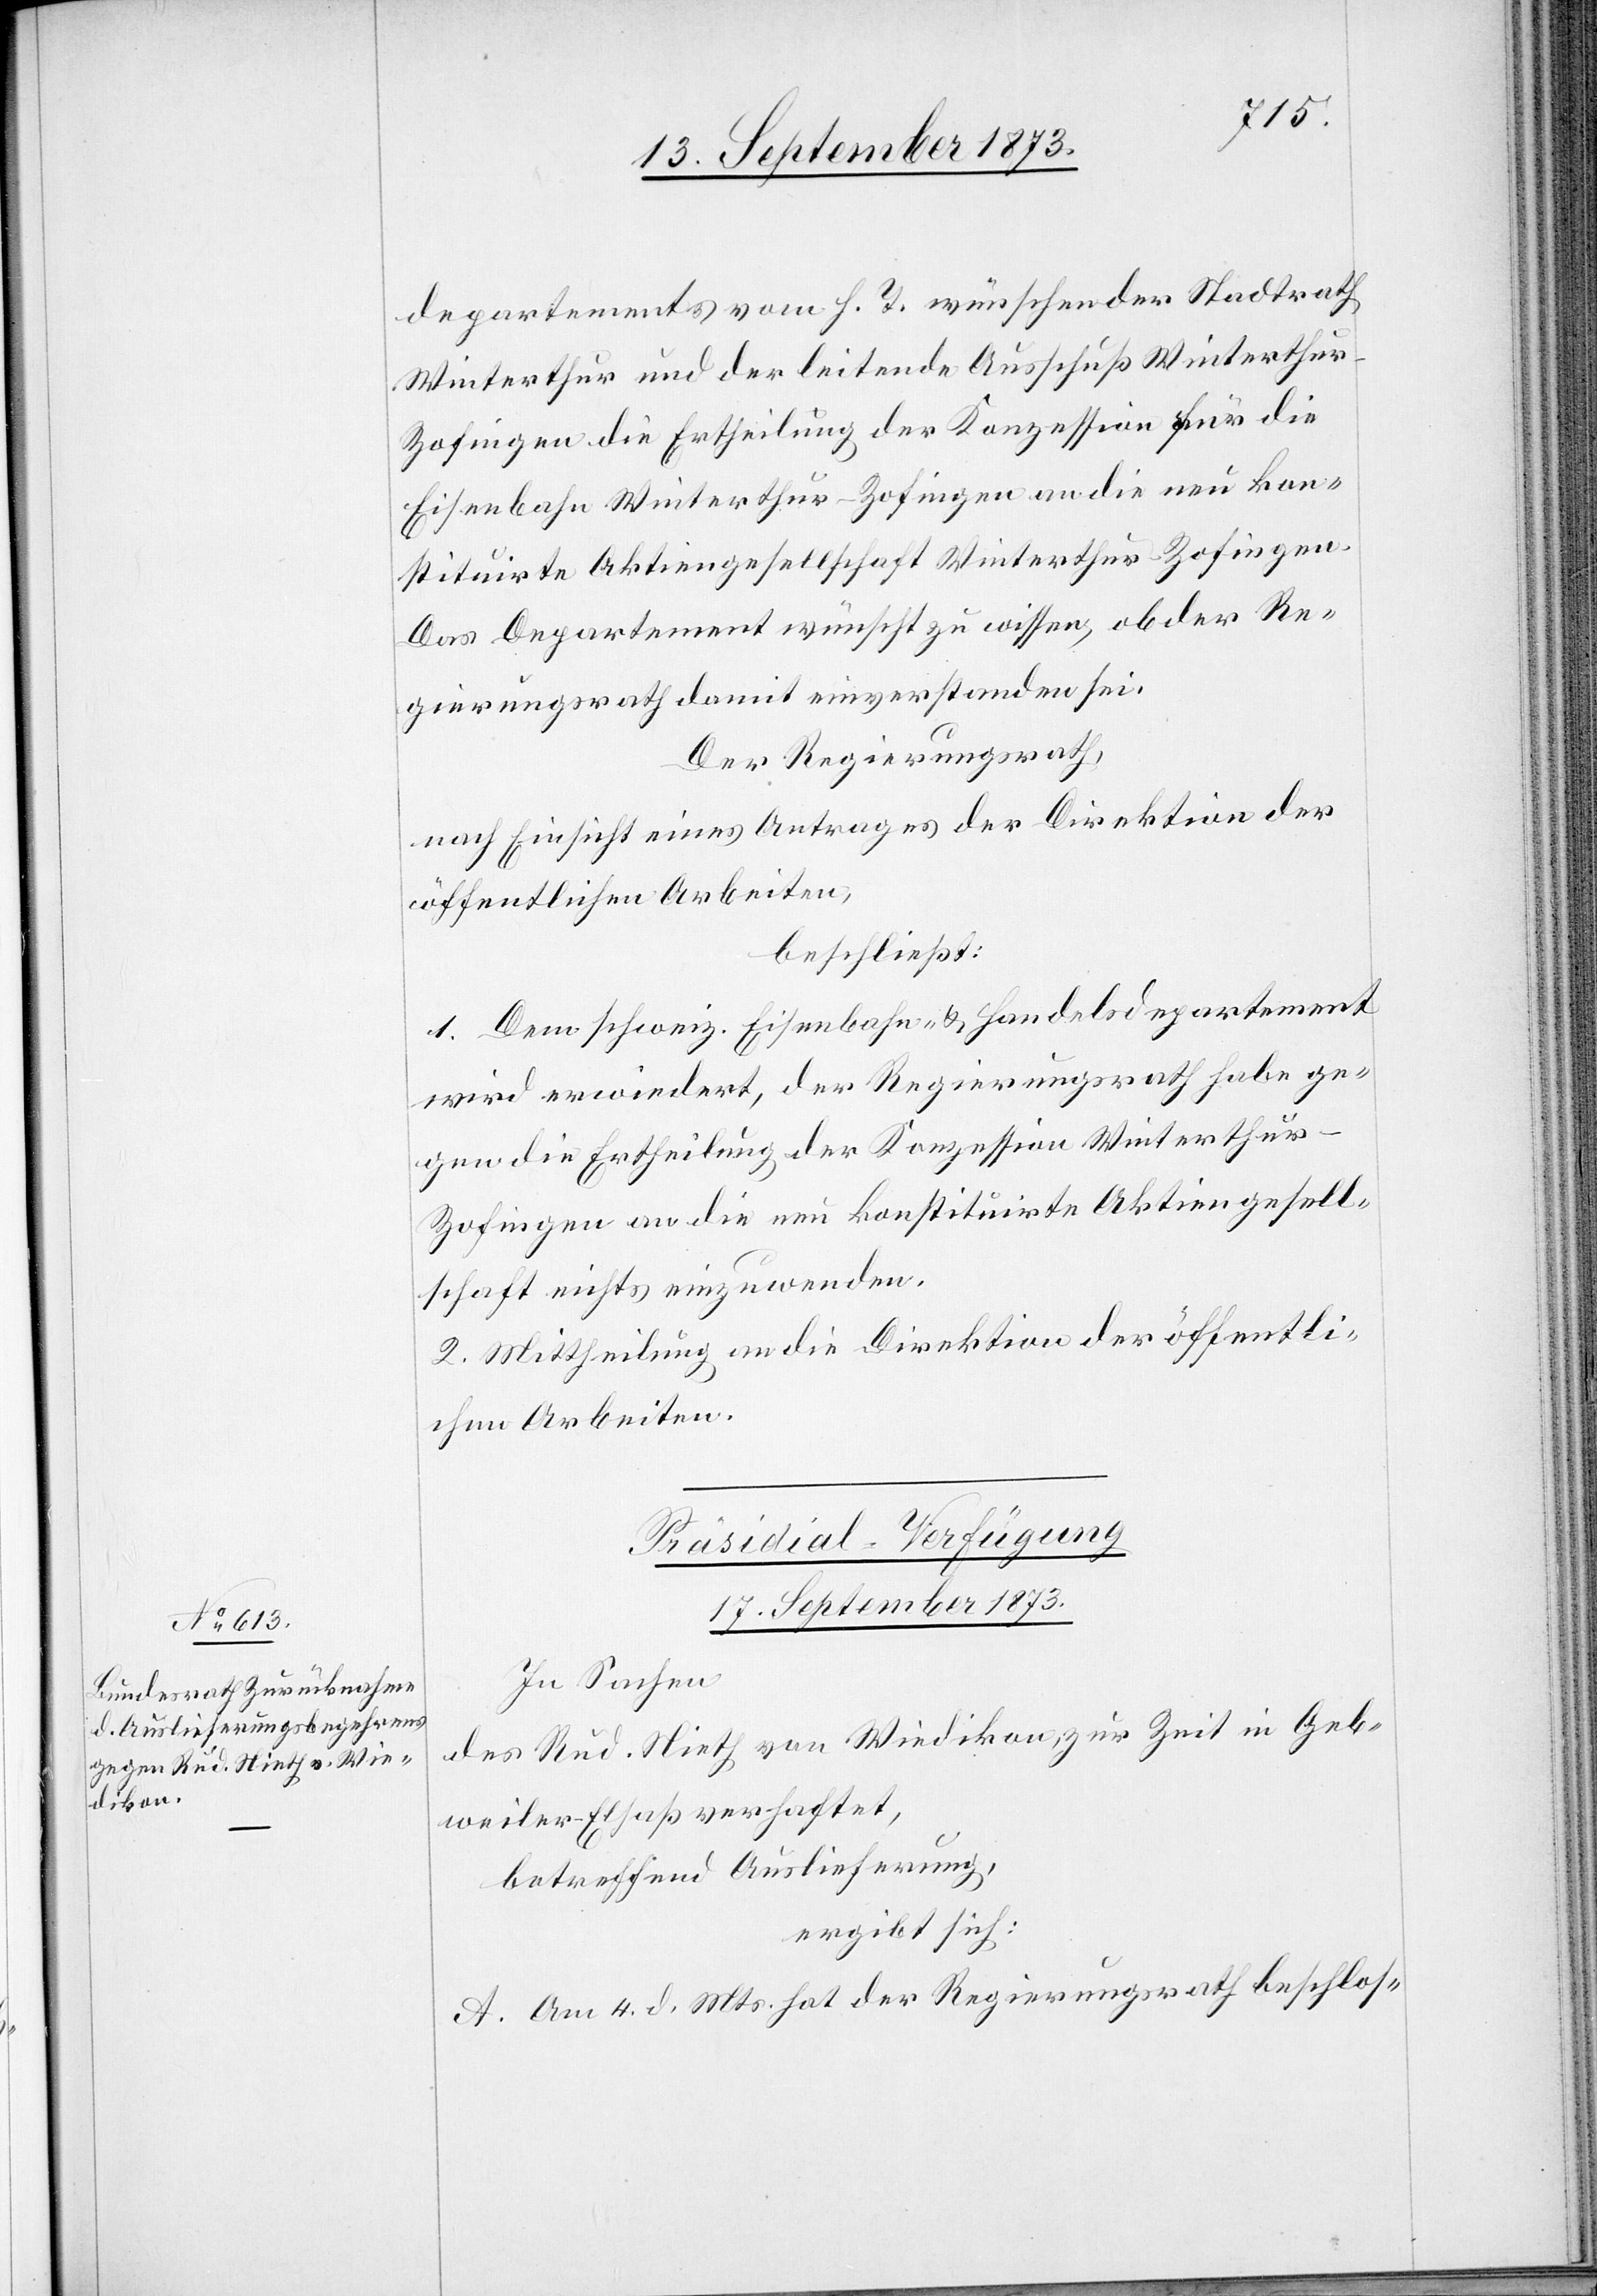
departements vom h. T. wünschen der Stadtrath
Winterthur und der leitende Ausschuß Winterthur-Z¬
ofingen die Ertheilung der Konzession für die
Eisenbahn Winterthur–Zofingen an die neu kon¬
stituirte Aktiengesellschaft Winterthur-Zofingen.
Das Departement wünscht zu wissen, ob der Re¬
gierungsrath damit einverstanden sei.
Der Regierungsrath,
nach Einsicht eines Antrages der Direktion der
öffentlichen Arbeiten,
beschließt:
1. Dem schweiz. Eisenbahn- & Handelsdepartement
wird erwiedert, der Regierungsrath habe ge¬
gen die Ertheilung der Konzession Winterthu¬
r–Zofingen an die neu konstituirte Aktiengesell¬
schaft nichts einzuwenden.
2. Mittheilung an die Direktion der öffentli¬
chen Arbeiten.
Präsidial-Verfügungen
17. September 1873.
In Sachen
des Rud. Nieth von Wiedikon, zur Zeit in Geb¬
weiler-Elsaß verhaftet,
betreffend Auslieferung,
ergibt sich:
A. Am 4. d. Mts. hat der Regierungsrath beschlos-